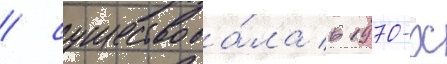
/ существова́ла в 1970-х